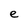
Character: e